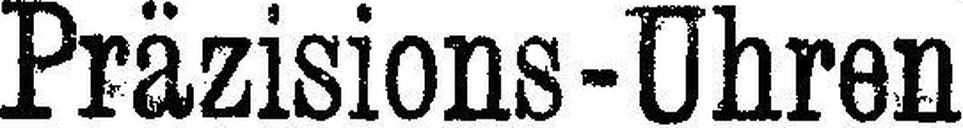
Präzisions-Uhren